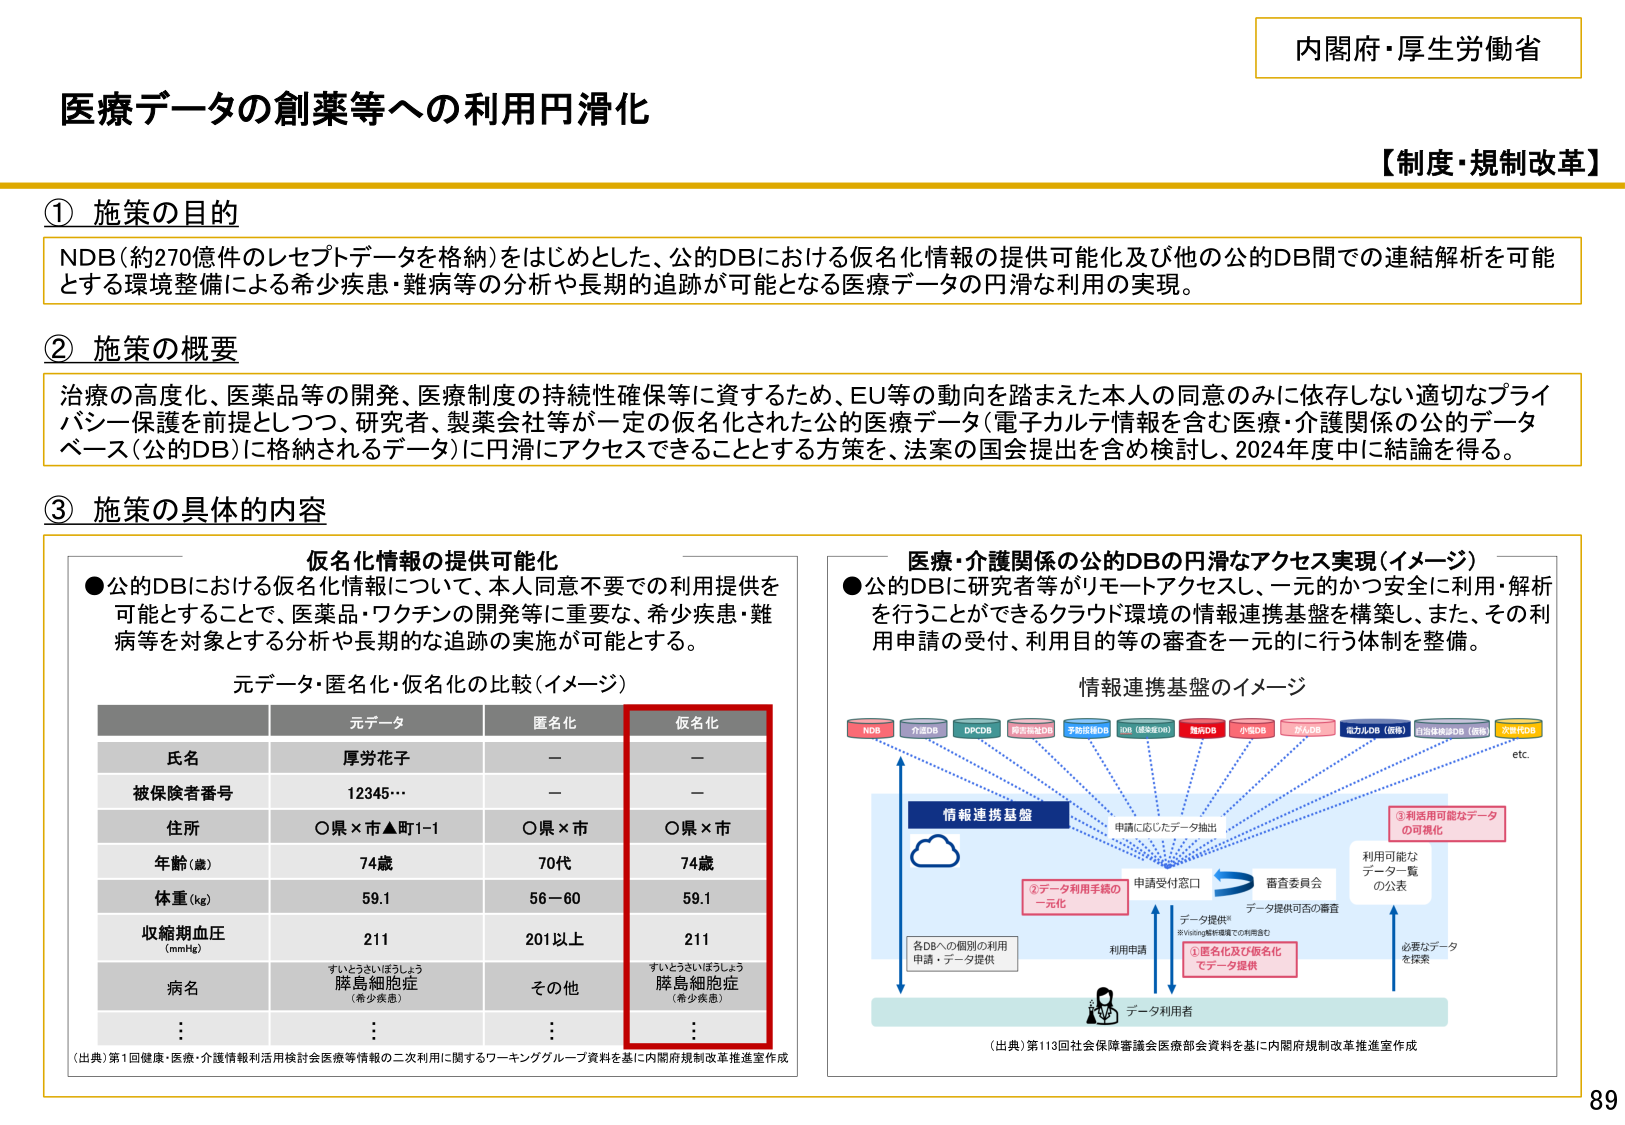
内閣府・厚生労働省
【制度・規制改革】
医療データの創薬等への利用円滑化

① 施策の目的
NDB（約270億件のレセプトデータを格納）をはじめとした、公的DBにおける仮名化情報の提供可能化及び他の公的DB間での連結解析を可能とする環境整備による希少疾患・難病等の分析や長期的追跡が可能となる医療データの円滑な利用の実現。

② 施策の概要
治療の高度化、医薬品等の開発、医療制度の持続性確保等に資するため、EU等の動向を踏まえた本人の同意のみに依存しない適切なプライバシー保護を前提としつつ、研究者、製薬会社等が一定の仮名化された公的医療データ（電子カルテ情報を含む医療・介護関係の公的データベース（公的DB）に格納されるデータ）に円滑にアクセスできることとする方策を、法案の国会提出を含め検討し、2024年度中に結論を得る。

③ 施策の具体的内容

● 公的DBにおける仮名化情報について、本人同意不要での利用提供を可能とすることで、医薬品・ワクチンの開発等に重要な、希少疾患・難病等を対象とする分析や長期的な追跡の実施が可能とする。

仮名化情報の提供可能化

元データ・匿名化・仮名化の比較（イメージ）

| 元データ | 匿名化 | 仮名化 |
|----------|--------|--------|
| 氏名 | 厚労花子 | — | — |
| 被保険者番号 | 12345… | — | — |
| 住所 | ○県×市▲町1-1 | ○県×市 | ○県×市 |
| 年齢（歳） | 74歳 | 70代 | 74歳 |
| 体重（kg） | 59.1 | 56－60 | 59.1 |
| 収縮期血圧（mmHg） | 211 | 201以上 | 211 |
| 病名 | すいとうさいほうしょう 膵島細胞症（希少疾患） | その他 | すいとうさいほうしょう 膵島細胞症（希少疾患） |
| … | … | … | … |

（出典）第1回健康・医療・介護情報利活用検討会医療等情報の二次利用に関するワーキンググループ資料を基に内閣府規制改革推進室作成

● 公的DBに研究者等がリモートアクセスし、一元的かつ安全に利用・解析を行うことができるクラウド環境の情報連携基盤を構築し、また、その利用申請の受付、利用目的等の審査を一元的に行う体制を整備。

医療・介護関係の公的DBの円滑なアクセス実現（イメージ）

情報連携基盤のイメージ

（図中上部）
NDB、介護DB、DPCDB、局方指定DB、予防接種DB、10N（感染症DB）、難病DB、小児DB、がんDB、電力DB（仮称）、自治体接続DB（仮称）、次世代DB、etc

（図中中央）
情報連携基盤（雲のアイコン）
→ 申請に応じたデータ抽出
→ 申請受付窓口
→ 審査委員会
→ データ提供可否の審査
→ 利用可能なデータ一覧の公表
→ 必要なデータを探索

（図中下部）
①匿名化及び仮名化でデータ提供
②データ利用手続の一元化
各DBへの個別の利用申請・データ提供
利用申請
データ提供（※Vivling基幹環境での利用含む）
データ利用者

（出典）第113回社会保障審議会医療部会資料を基に内閣府規制改革推進室作成

89